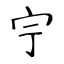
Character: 𡧃